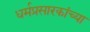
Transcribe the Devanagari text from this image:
धर्मप्रसारकांच्या